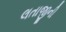
લતાજીની